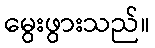
မွေးဖွားသည်။